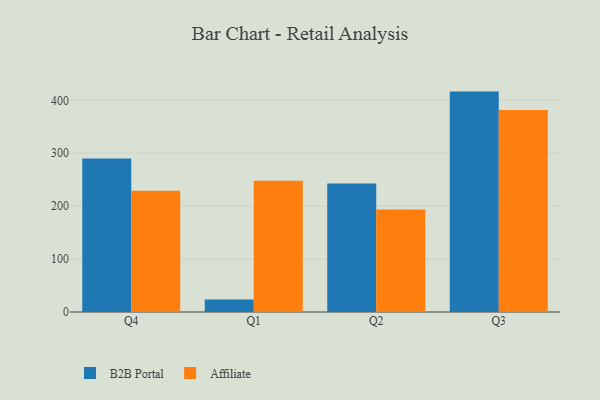
{"axis": {"x": "Quarter", "y": "Temperature (°C)"}, "legend": ["Affiliate", "B2B Portal"], "data": [{"x": "Q4", "y": 290.3, "type": "B2B Portal"}, {"x": "Q4", "y": 229.2, "type": "Affiliate"}, {"x": "Q1", "y": 23.5, "type": "B2B Portal"}, {"x": "Q1", "y": 247.8, "type": "Affiliate"}, {"x": "Q2", "y": 242.7, "type": "B2B Portal"}, {"x": "Q2", "y": 193.8, "type": "Affiliate"}, {"x": "Q3", "y": 416.5, "type": "B2B Portal"}, {"x": "Q3", "y": 381.6, "type": "Affiliate"}]}